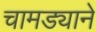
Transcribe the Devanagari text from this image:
चामड्याने